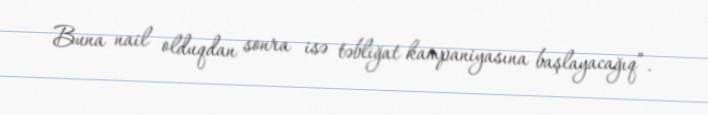
Buna nail olduqdan sonra isə təbliğat kampaniyasına başlayacağıq”.